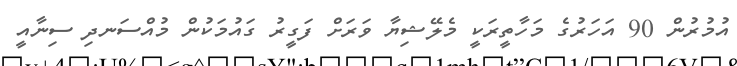
އުމުރުން 90 އަހަރުގެ މަހާތީރަކީ މެލޭޝިޔާ ވަރަށް ފަގީރު ގައުމަކުން މުއްސަނދި ސިނާއީ